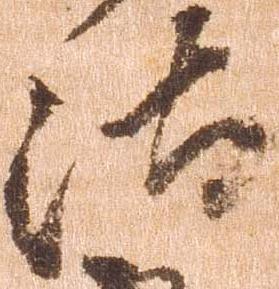
汰